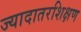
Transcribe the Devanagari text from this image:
ज्यादातरशिक्षण